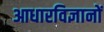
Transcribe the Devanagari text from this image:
आधारविज्ञानों